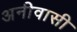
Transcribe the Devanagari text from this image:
अनीवासी